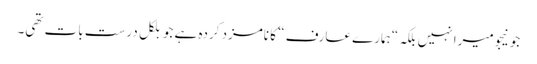
جونیجو میرا نہیں بلکہ “ہمارے عارف “ کا نامزد کردہ ہے جو بلکل درست بات تھی۔